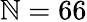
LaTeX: \mathbb{N}=66